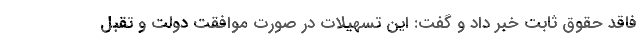
فاقد حقوق ثابت خبر داد و گفت: این تسهیلات در صورت موافقت دولت و تقبل